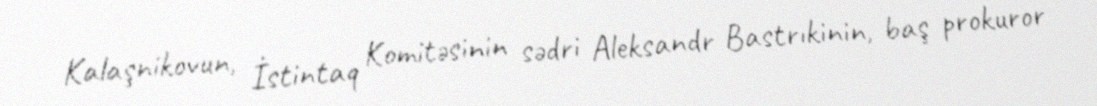
Kalaşnikovun, İstintaq Komitəsinin sədri Aleksandr Bastrıkinin, baş prokuror